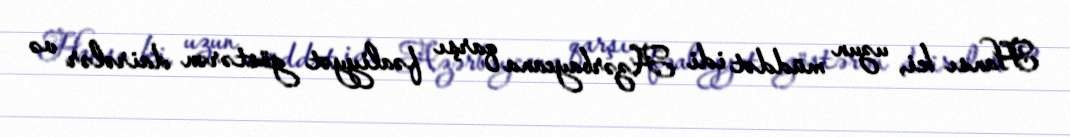
Hansı ki, uzun müddət idi Azərbaycana qarşı fəaliyyət göstərən dairələr və